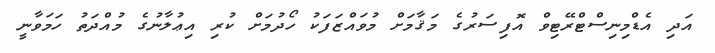
އަދި އެޑްމިނިސްޓްރޭޓިވް އޮފިސަރުގެ މަޤާމަށް މުވައްޒަފަކު ހޯދުމަށް ކުރި އިޢުލާނުގެ މުއްދަތު ހަމަވާނީ